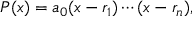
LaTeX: P ( x ) = a _ { 0 } ( x - r _ { 1 } ) \cdots ( x - r _ { n } ) ,